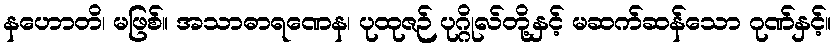
နဟောတိ၊ မဖြစ်။ အသာဓာရဏေန၊ ပုထုဇဉ် ပုဂ္ဂိုလ်တို့နှင့် မဆက်ဆန်သော ဂုဏ်နှင့်။